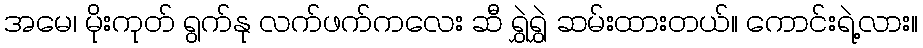
အမေ၊ မိုးကုတ် ရွက်နု လက်ဖက်ကလေး ဆီ ရွှဲရွှဲ ဆမ်းထားတယ်။ ကောင်းရဲ့လား။